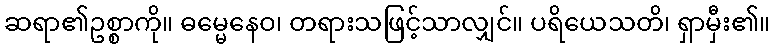
ဆရာ၏ဥစ္စာကို။ ဓမ္မေနေဝ၊ တရားသဖြင့်သာလျှင်။ ပရိယေသတိ၊ ရှာမှီး၏။